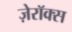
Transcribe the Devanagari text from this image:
ज़ेरॉक्स